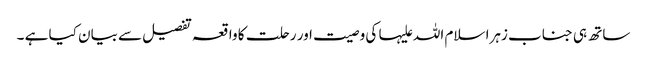
ساتھ ہی جناب زہرا سلام اللہ علیہا کی وصیت اور رحلت کا واقعہ تفصیل سے بیان کیا ہے ۔